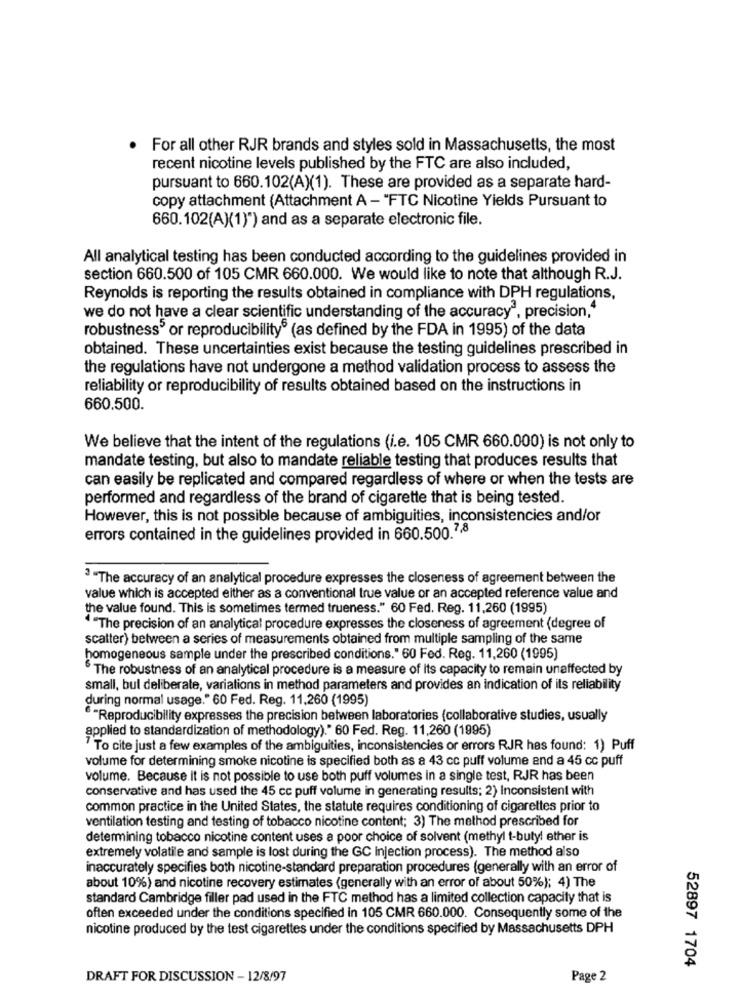
. For all other RJR brands and styles sold in Massachusetts, the most
recent nicotine levels published by the FTC are also included,
pursuant to 660.102(A)(1). These are provided as a separate hard-
copy attachment (Attachment A - "FTC Nicotine Yields Pursuant to
660.102(A)(1)") and as a separate electronic file.
All analytical testing has been conducted according to the guidelines provided in
section 660.500 of 105 CMR 660.000. We would like to note that although R.J.
Reynolds is reporting the results obtained in compliance with DPH regulations,
we do not have a clear scientific understanding of the accuracy', precision,"
robustness' or reproducibility (as defined by the FDA in 1995) of the data
obtained. These uncertainties exist because the testing guidelines prescribed in
the regulations have not undergone a method validation process to assess the
reliability or reproducibility of results obtained based on the instructions in
660.500.
We believe that the intent of the regulations (i.e. 105 CMR 660.000) is not only to
mandate testing, but also to mandate reliable testing that produces results that
can easily be replicated and compared regardless of where or when the tests are
performed and regardless of the brand of cigarette that is being tested.
However, this is not possible because of ambiguities, inconsistencies and/or
errors contained in the guidelines provided in 660.500.2,8
3 "The accuracy of an analytical procedure expresses the closeness of agreement between the
value which is accepted either as a conventional true value or an accepted reference value and
the value found. This is sometimes termed trueness." 60 Fed. Reg. 11.260 (1995)
4 "The precision of an analytical procedure expresses the closeness of agreement (degree of
scatter) between a series of measurements obtained from multiple sampling of the same
homogeneous sample under the prescribed conditions." 60 Fed. Reg. 11,260 (1995)
The robustness of an analytical procedure is a measure of its capacity to remain unaffected by
small, bul deliberate, variations in method parameters and provides an indication of its reliability
during normal usage." 60 Fed. Reg. 11.260 (1995)
"Reproducibility expresses the precision between laboratories (collaborative studies, usually
applied to standardization of methodology)." 60 Fed. Reg. 11,260 (1995)
To cite just a few examples of the ambiguities, inconsistencies or errors RJR has found: 1) Puff
volume for determining smoke nicotine is specified both as a 43 cc puff volume and a 45 cc puff
volume. Because it is not possible to use both puff volumes in a single test, RJR has been
conservative and has used the 45 cc puff volume in generating results; 2) Inconsistent with
common practice in the United States, the statute requires conditioning of cigarettes prior to
ventilation testing and testing of tobacco nicotine content; 3) The method prescribed for
determining tobacco nicotine content uses a poor choice of solvent (methyl t-butyl ether is
extremely volatile and sample is lost during the GC Injection process). The method also
inaccurately specifies both nicotine-standard preparation procedures (generally with an error of
about 10%) and nicotine recovery estimates (generally with an error of about 50%); 4) The
standard Cambridge filler pad used in the FTC method has a limited collection capacity that is
often exceeded under the conditions specified in 105 CMR 660.000. Consequently some of the
nicotine produced by the test cigarettes under the conditions specified by Massachusetts DPH
52897 1704
DRAFT FOR DISCUSSION - 12/8/97
Page 2